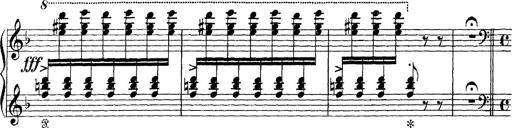
Title: Scherzo und Marsch
Composer: Franz Liszt